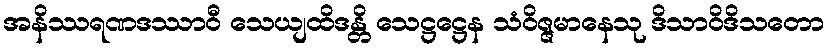
အနိဿရဏဒဿာဝီ သေယျထိဒန္တိ သေဋ္ဌဋ္ဌေန သံဝိဇ္ဇမာနေသု ဒိသာဝိဒိသတော